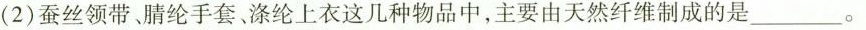
(2)蚕丝领带、腈纶手套、涤纶上衣这几种物品中，主要由天然纤维制成的是___。